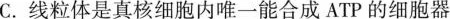
C.线粒体是真核细胞内唯一能合成ATP的细胞器